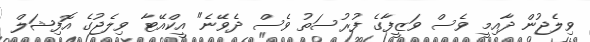
ވިލެޖުން ދާއިމީ ވެސް ވަޒީފާގެ ފުރުސަތު ވެސް ދެވޭނެ" އީކްއޭޓާ ވިލެޖުގެ އޮފިޝަލް